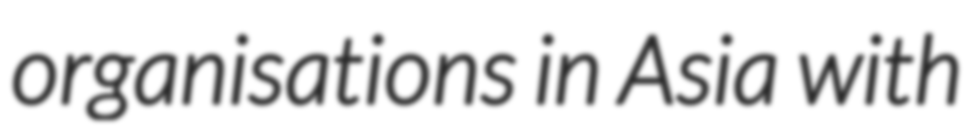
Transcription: organisations in Asia with